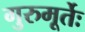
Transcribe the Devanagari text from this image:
गुरुमूर्तेः